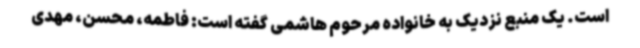
است. یک منبع نزدیک به خانواده مرحوم هاشمی گفته است: فاطمه، محسن، مهدی